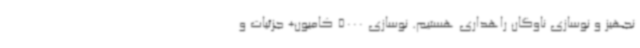
نجهیز و نوسازی ناوگان راهداری هستیم. نوسازی 5000 کامیون+ جزئیات و